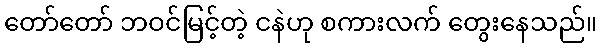
တော်တော် ဘဝင်မြင့်တဲ့ ငနဲဟု စကားလက် တွေးနေသည်။